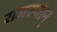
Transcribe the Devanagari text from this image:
राजस्थान्